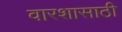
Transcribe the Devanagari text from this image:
वारशासाठी